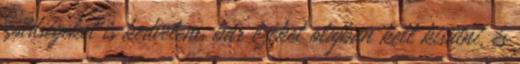
zöldségeket is kedvelem, bár ezeket olajban kell kisütni, és